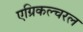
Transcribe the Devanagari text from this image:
एग्रिकल्चरल